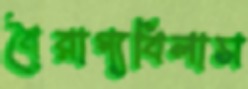
বৈরাগ্যবিলাস